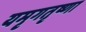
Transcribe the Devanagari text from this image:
यमृगतृष्णा